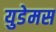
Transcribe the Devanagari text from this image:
युडेमस